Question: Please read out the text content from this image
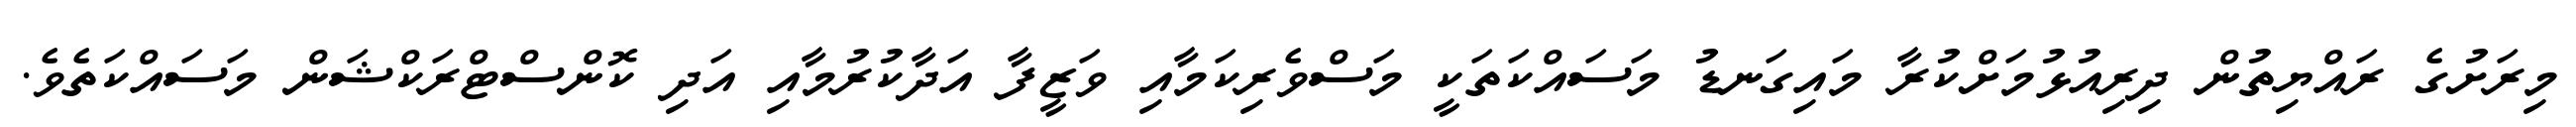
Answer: މިރަށުގެ ރައްޔިތުން ދިރިއުޅުމަށްކުރާ މައިގަނޑު މަސައްކަތަކީ މަސްވެރިކަމާއި ވަޒީފާ އަދާކުރުމާއި އަދި ކޮންސްޓްރަކްޝަން މަސައްކަތެވެ.